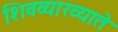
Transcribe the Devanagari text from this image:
शिवव्याख्याते